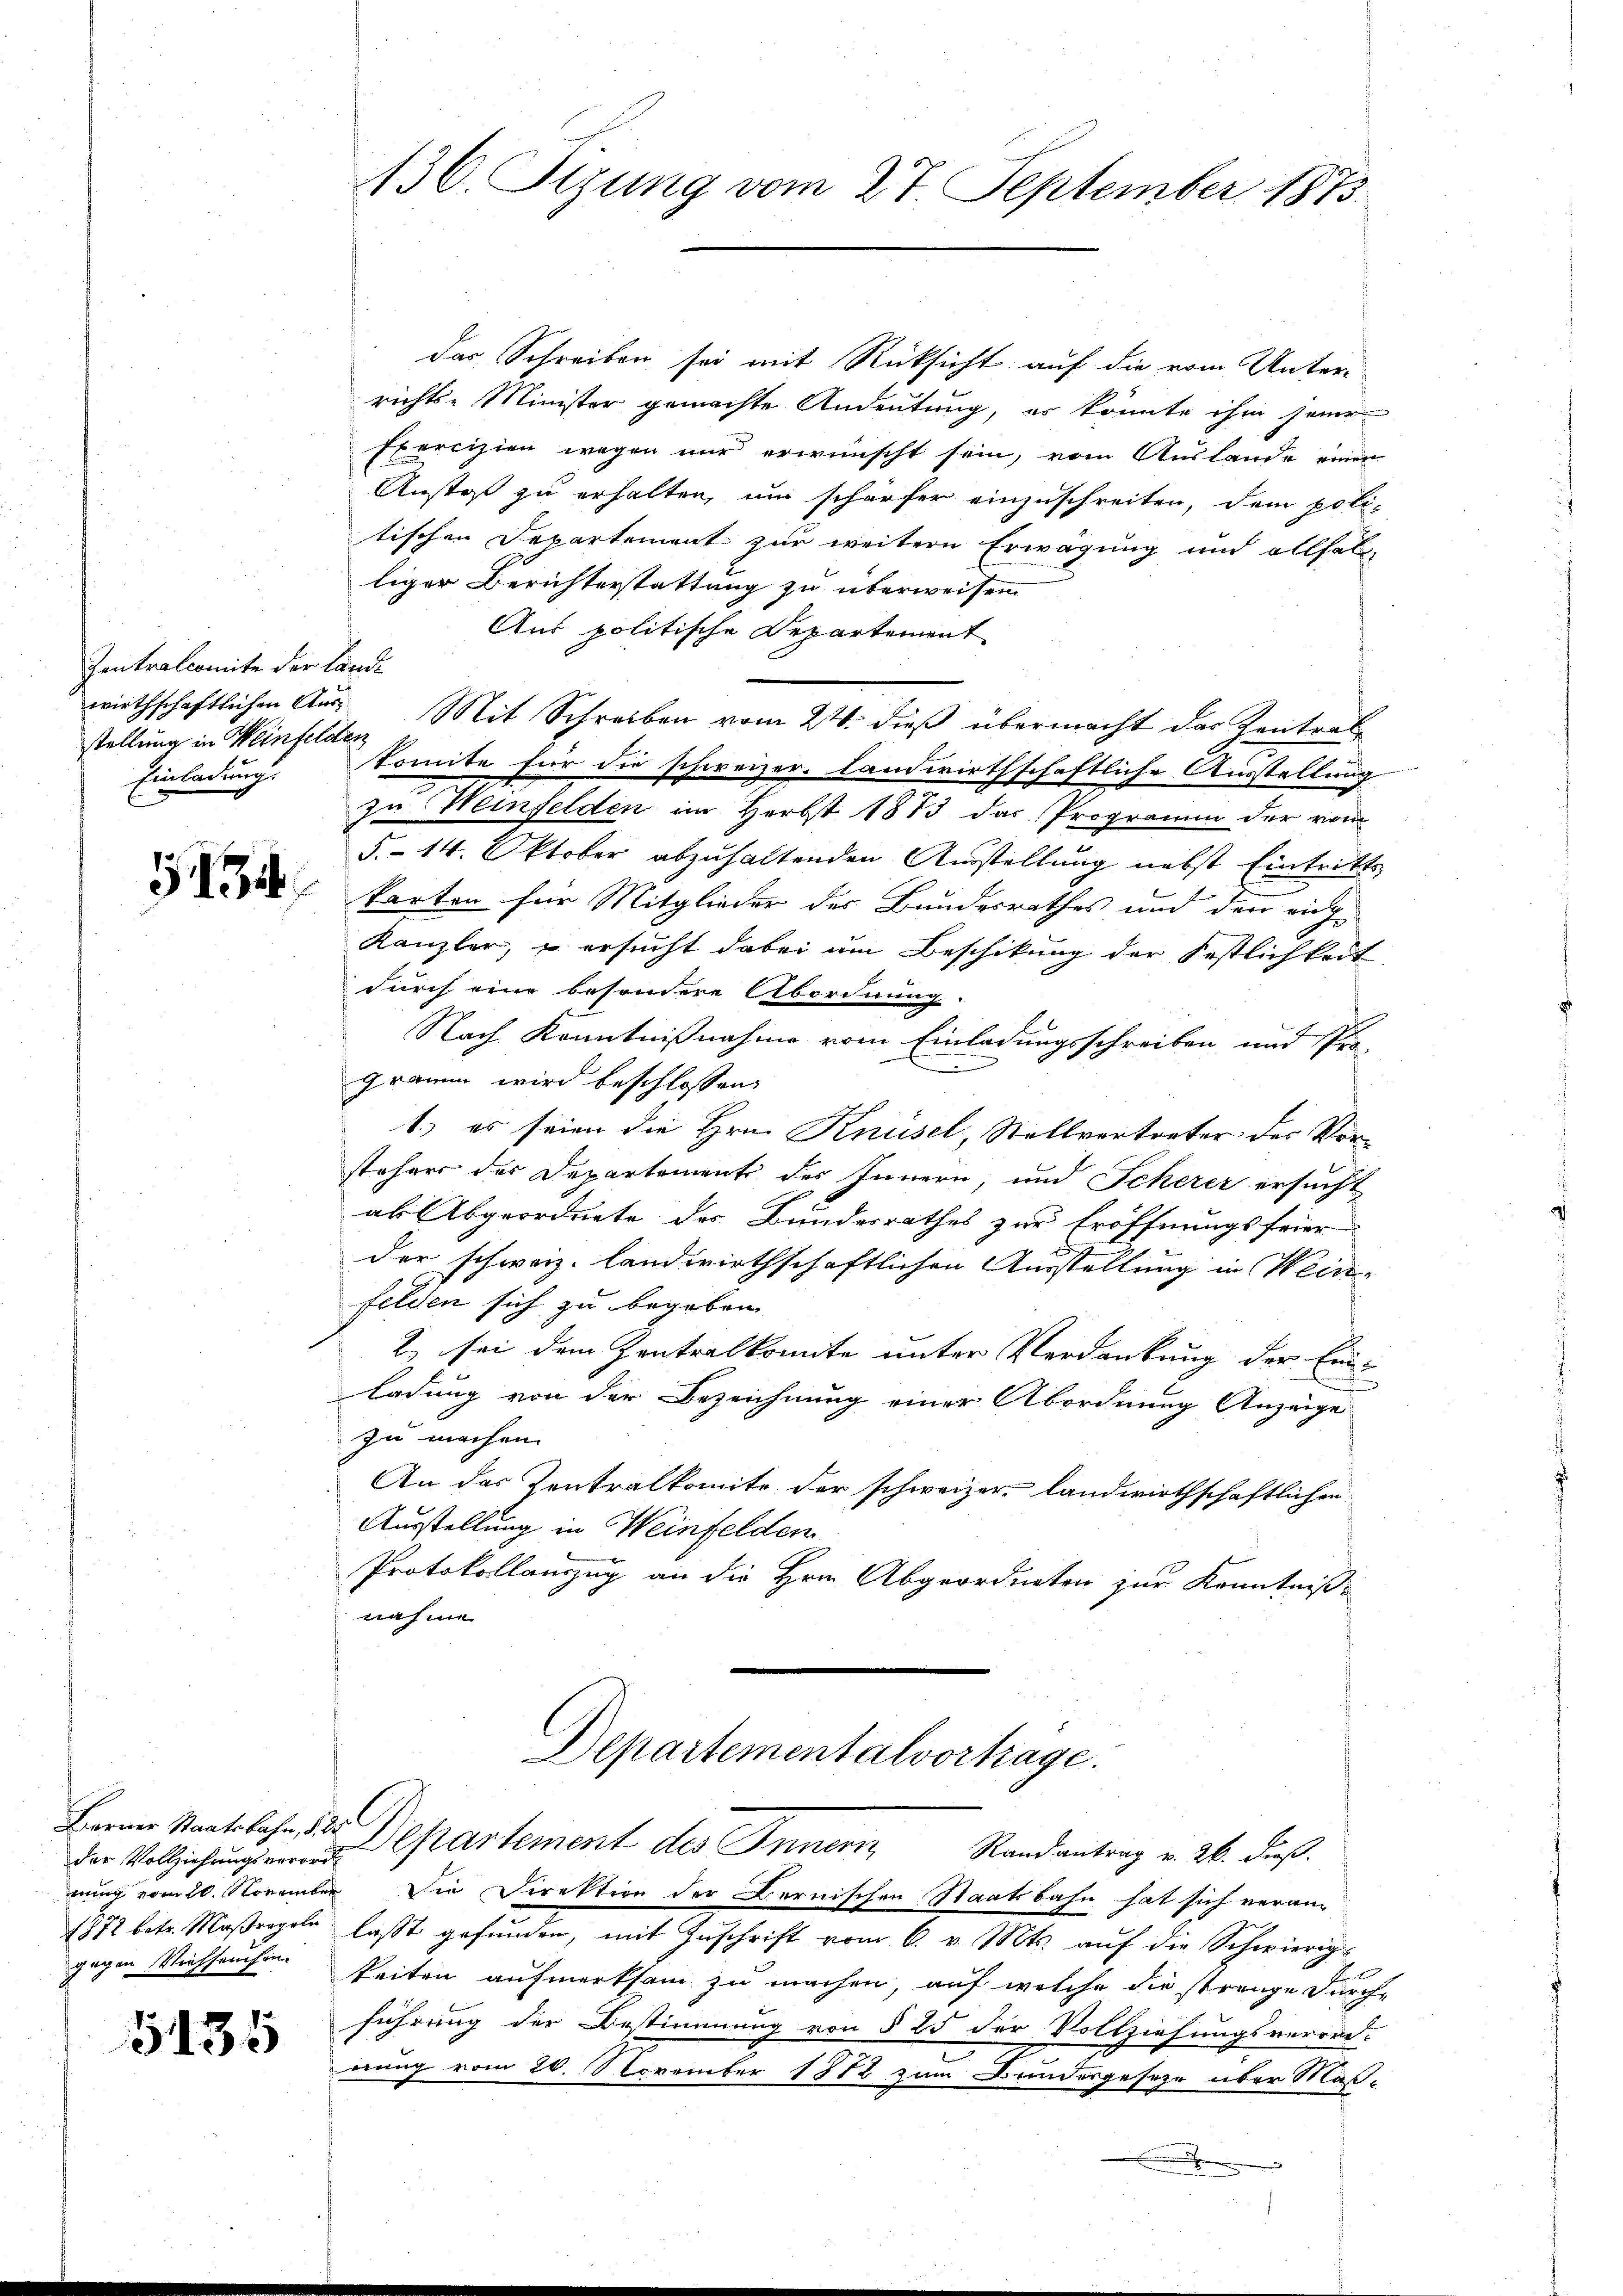
Zentralcomite der Lande
wirthschaftlichen Ausstellung in Weinfelden
Einladung.

Berner Staatsbahn, 125
der Vollziehungsverord

5135

136. Sizung vom 27. September 1873.

das Schreiben sei mit Rücksicht auf die vom Unterrichts-Minister gemachte Andeutung, es könnte ihm jener
Exercizien wegen nur erwünscht sein, vom Auslande einen
Anstoß zu erhalten, um schärfer einzuschreiten, dem poli-
tischen Departement zur weitern Erwägung und allfal-
liger Berichterstattung zu überweisen.
Aus politische Departement
Mit Schreiben vom 24. dieß übermacht das Zentrat
komite für die schweizer- landwirthschaftliche Ausstellung
zu Weinfelden im Herbst 1813 das Programm der vom
5.- 14. Oktober abzuhaltenden Ausstellung nebst Eintritte
 Parten für Mitglieder der Bundesrathes und den nich
Kanzler, u ersucht dabei um Beschikung der Festlichkeit
durch eine besondere Abordnung.
Nach Kenntnißnahme vom Einladungsschreiben und Pro-
gramm wird beschlossen:
1.) es seien die Hrn. Knüsel, Stellvertreter des Vorstehers des Departement des Innern, und Scherer ersucht
ab Abgeordnete des Bundesrathes zur Eröffnungsfeier-
der schweiz. landwirthschaftlichen Ausstellung in Wein-
felden sich zu begeben
2) sei dem Zentralkomite unter Verdankung der Einladung von der Bezeichnung einer Abordnung Anzeige
zu machen.
An das Zentralkomite der schweizer landwirthschaftlichen
Ausstellung in Weinfelden
Protokollauszug an die Hrn. Abgeordneten zur Kenntniß-
nahme

Departementalvertage.
Separtement des Innern Randantrag v. 26. dieß

nung vom 20. November Die Direktion der Bernischen Staatsbahn hat sich veran¬
1872 betr. Maßregeln laßt gefŭnden, mit Zŭschrift vom 6. v. Mts. aŭf die Schwierig-
gegen Viehseuchen keiten aufmerksam zu machen, auf welche die strenge Durchführung der Bestimmung von § 25 der Vollziehungsverord-
nung vom 20. November 1872 zum Bundesgeseze über Maß¬